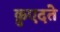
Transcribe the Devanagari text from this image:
क़ुएदते